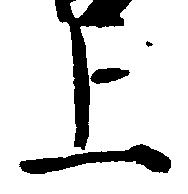
上